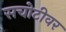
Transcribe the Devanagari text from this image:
सचोटीवर